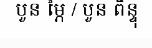
បួន ម្ភៃ / បួន ពិន្ទុ